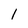
Character: 1